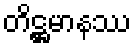
တိဋ္ဌမာနဿ